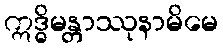
ဣဒ္ဓိမန္တာဿုနာမိမေ